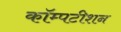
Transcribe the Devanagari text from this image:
कॉम्पटीशन